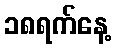
၁၈ရက်နေ့